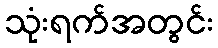
သုံးရက်အတွင်း